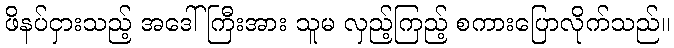
ဖိနပ်ငှားသည့် အဒေါ်ကြီးအား သူမ လှည့်ကြည့် စကားပြောလိုက်သည်။